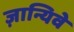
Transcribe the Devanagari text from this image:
ज़ान्यिवे